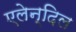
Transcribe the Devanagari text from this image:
एलेन्दिल